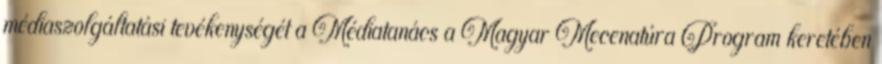
médiaszolgáltatási tevékenységét a Médiatanács a Magyar Mecenatúra Program keretében